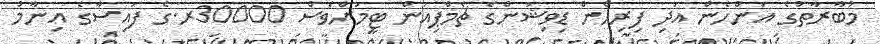
މުބާރާތުގެ އަންހެން އަދި ފިރިހެން ޑިވިޝަންގެ ޗެމްޕިއަން ޓީމަށްވެސް 30000ރ.ގެ ފައިސާގެ އިނާމު